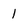
Character: 1